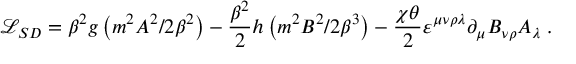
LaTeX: { \mathcal { L } _ { S D } } = \beta ^ { 2 } g \left( m ^ { 2 } A ^ { 2 } / 2 \beta ^ { 2 } \right) - \frac { \beta ^ { 2 } } 2 h \left( m ^ { 2 } B ^ { 2 } / 2 \beta ^ { 3 } \right) - \frac { \chi \theta } { 2 } \varepsilon ^ { \mu \nu \rho \lambda } \partial _ { \mu } B _ { \nu \rho } A _ { \lambda } \; .